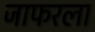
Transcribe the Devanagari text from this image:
जाफरला